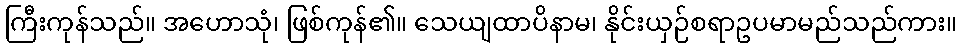
ကြီးကုန်သည်။ အဟောသုံ၊ ဖြစ်ကုန်၏။ သေယျထာပိနာမ၊ နိုင်းယှဉ်စရာဥပမာမည်သည်ကား။